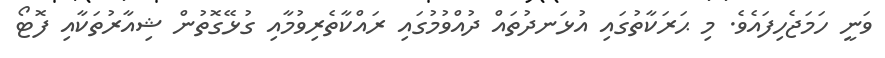
ވަނީ ހަމަޖެހިފައެވެ. މި ޙަރަކާތުގައި އުޅަނދުތައް ދުއްވުމުގައި ރައްކާތެރިވުމާއި ގުޅޭގޮތުން ޝިއާރުތަކާއި ފޮޓޯ